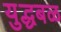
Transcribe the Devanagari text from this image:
युद्धबळ